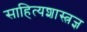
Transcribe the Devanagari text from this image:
साहित्यशास्त्रज्ञ